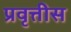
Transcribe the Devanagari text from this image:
प्रवृत्तीस